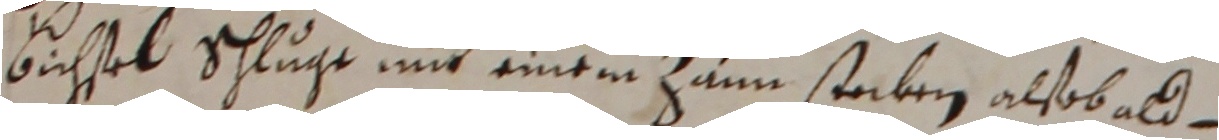
bichtel schluge mit einem zum steben alsobald